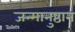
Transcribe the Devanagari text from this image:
जन्मानुष्ठान